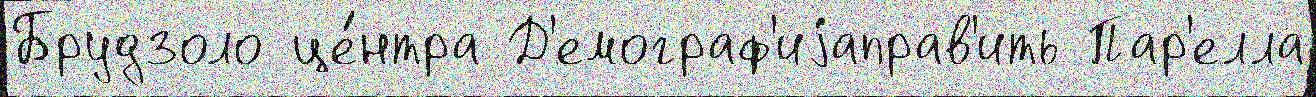
Брудзоло це́нтра Д'емограф'иjаправ'ить Пар'елла